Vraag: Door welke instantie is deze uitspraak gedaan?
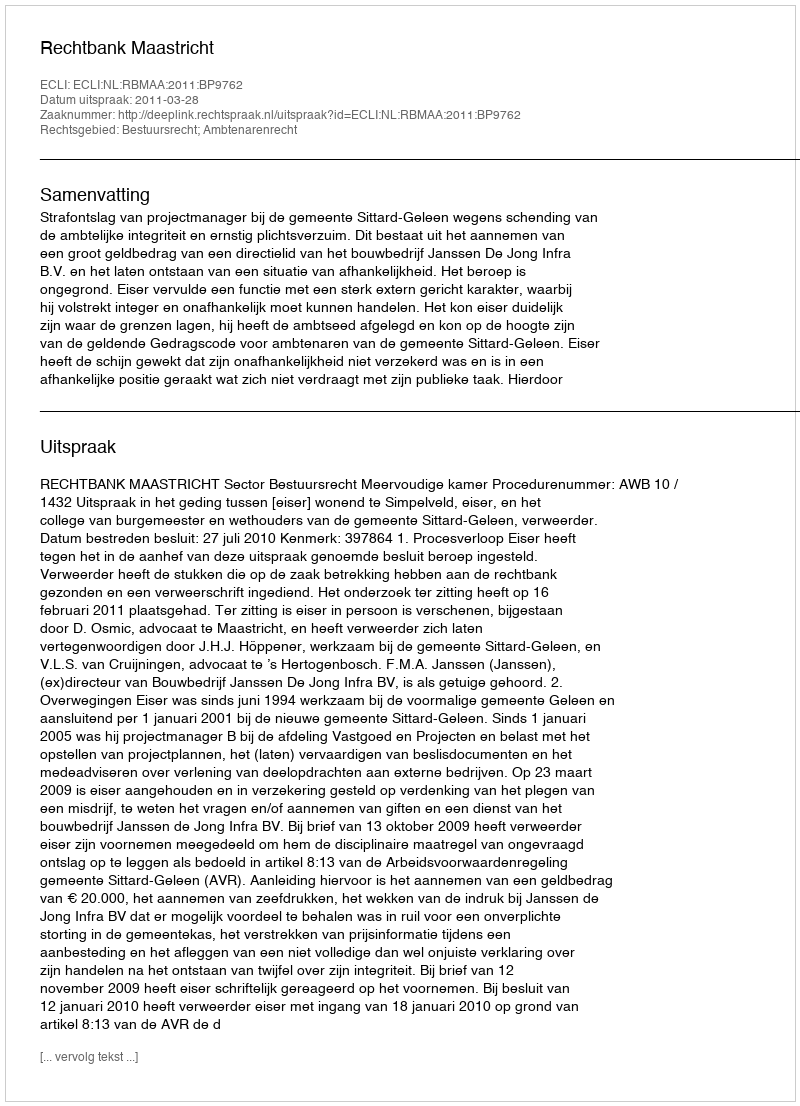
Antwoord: Rechtbank Maastricht